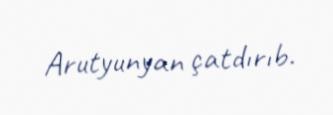
Arutyunyan çatdırıb.